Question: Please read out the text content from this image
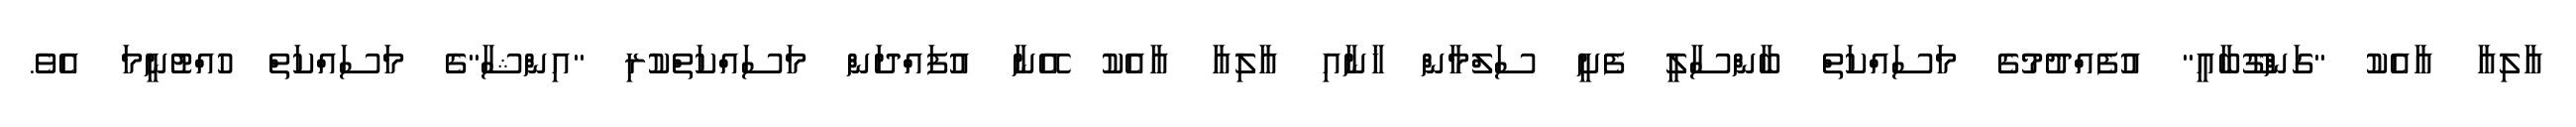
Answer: އާލިއާ އާއެކު "ގަންގޫބާއީ" އުފެއްދުމުގެ މަސައްކަތް ބާންސާލީ ފެށީ ސަލްމާން ޚާނާއި އާލިއާ އާއެކު އޭނާ އުފައްދަން މަސައްކަތްކުރި "އިންޝާ"ގެ މަސައްކަތް ހުއްޓުނީމަ އެވެ.